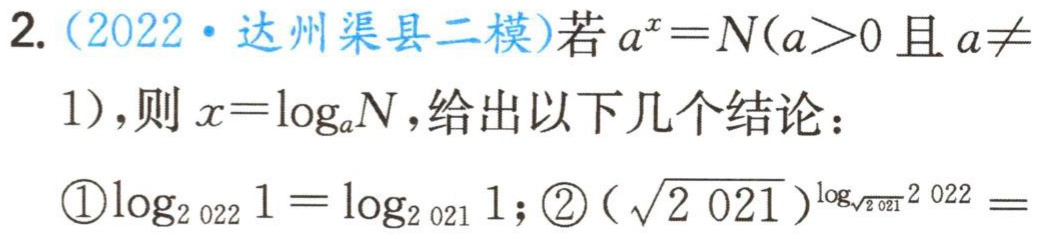
2. (2022·达州渠县二模)若\(a^{x}=N(a > 0\)且\(a\neq1)\)，则\(x = \log_{a}N\)，给出以下几个结论：
\textcircled{1}\(\log_{2 022}1=\log_{2 021}1\)；\textcircled{2}\((\sqrt{2 021})^{\log_{\sqrt{2 021}}2 022}=\)